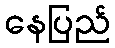
နေပြည်